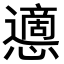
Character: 𢤊